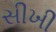
સીખી